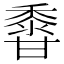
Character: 𪏽